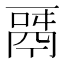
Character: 𩰬